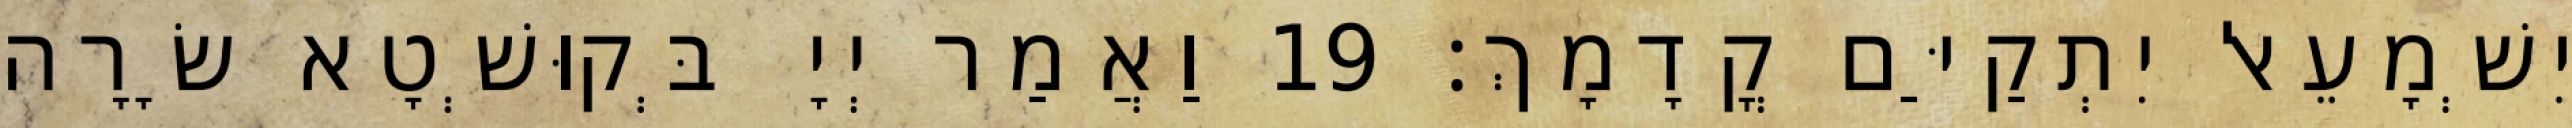
יִשְׁמָעֵאל יִתְקַיַּם קֳדָמָךְ׃ 19 וַאֲמַר יְיָ בְּקוּשְׁטָא שָׂרָה